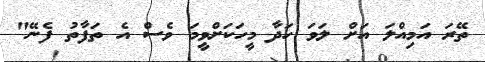
ތޭރަ އަމިއްލަ އަށް ލަވަ ހަދާ މީހަކަށްވީމަ ވެސް އެ ތަފާތު ފެނޭ"